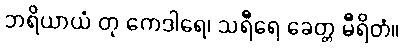
ဘရိယာယံ တု ကေဒါရေ၊ သရီရေ ခေတ္တ မီရိတံ။